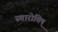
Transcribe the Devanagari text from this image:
स्वारोचिष्‌